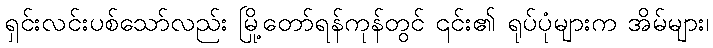
ရှင်းလင်းပစ်သော်လည်း မြို့တော်ရန်ကုန်တွင် ၎င်း၏ ရုပ်ပုံများက အိမ်များ၊